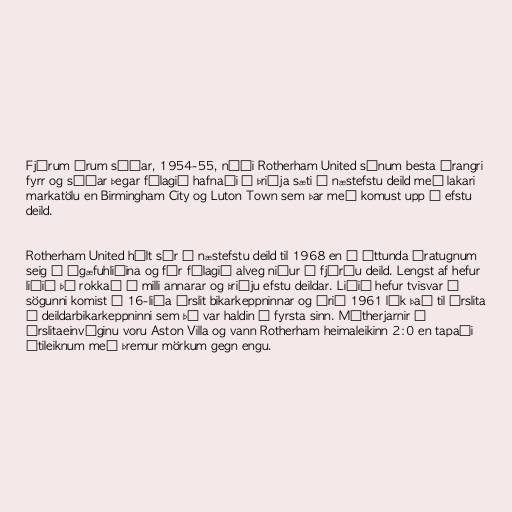
Fjórum árum síðar, 1954-55, náði Rotherham United sínum besta árangri
fyrr og síðar þegar félagið hafnaði í þriðja sæti í næstefstu deild með lakari
markatölu en Birmingham City og Luton Town sem þar með komust upp í efstu
deild.

Rotherham United hélt sér í næstefstu deild til 1968 en á áttunda áratugnum
seig á ógæfuhliðina og fór félagið alveg niður í fjórðu deild. Lengst af hefur
liðið þó rokkað á milli annarar og þriðju efstu deildar. Liðið hefur tvisvar í
sögunni komist í 16-liða úrslit bikarkeppninnar og árið 1961 lék það til úrslita
í deildarbikarkeppninni sem þá var haldin í fyrsta sinn. Mótherjarnir í
úrslitaeinvíginu voru Aston Villa og vann Rotherham heimaleikinn 2:0 en tapaði
útileiknum með þremur mörkum gegn engu.